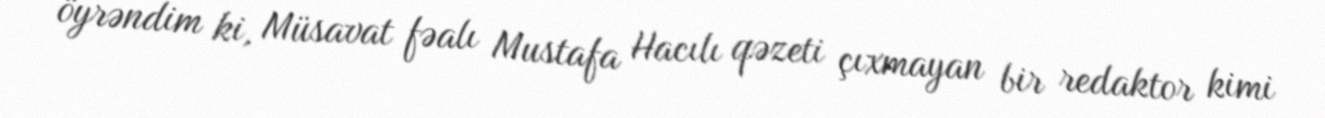
öyrəndim ki, Müsavat fəalı Mustafa Hacılı qəzeti çıxmayan bir redaktor kimi